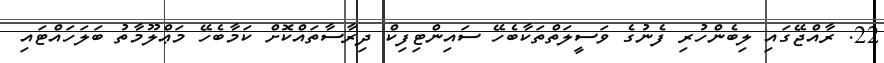
22. ރާއްޖޭގައި ލިބެންހުރި ފެނުގެ ވަސީލަތްތަކާބެހޭ ސައިންޓިފިކް ދިރާސާތައްކޮށް ކަމާބެހޭ މަޢްލޫމާތު ބަލަހައްޓައި